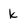
Character: k